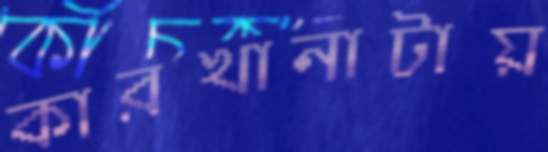
কারখানাটায়